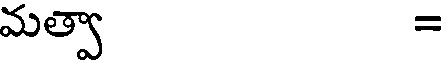
మత్వా =